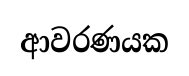
ආවරණයක